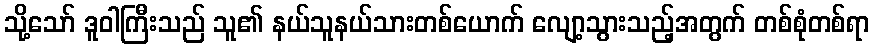
သို့သော် ဒူဝါကြီးသည် သူ၏ နယ်သူနယ်သားတစ်ယောက် လျော့သွားသည့်အတွက် တစ်စုံတစ်ရာ